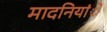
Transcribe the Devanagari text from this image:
मादनियांे